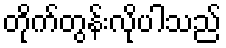
တိုက်တွန်းလိုပါသည်